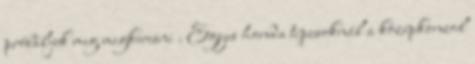
próbáljuk meg megkeresni . Egyes honda típusoknál a középkonzol